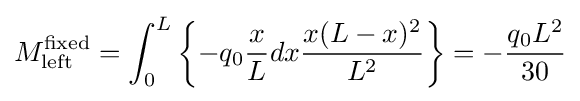
M_{\mathrm {left} }^{\mathrm {fixed} }=\int _{0}^{L}\left\{-q_{0}{\frac {x}{L}}dx{\frac {x(L-x)^{2}}{L^{2}}}\right\}=-{\frac {q_{0}L^{2}}{30}}